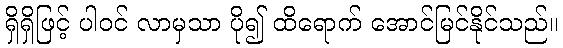
ရှိရှိဖြင့် ပါဝင် လာမှသာ ပို၍ ထိရောက် အောင်မြင်နိုင်သည်။